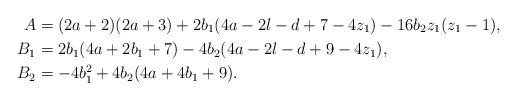
LaTeX: \begin{align*} A&= (2a+2)(2a+3) + 2b_1(4a-2l-d+7-4z_1) - 16b_2z_1(z_1-1), \\ B_1 &= 2b_1(4a+2b_1+7) - 4b_2(4a-2l-d+9-4z_1), \\ B_2 &= - 4b_1^2 + 4b_2(4a+4b_1+9).\end{align*}